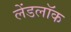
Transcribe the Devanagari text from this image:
लेंडलॉक